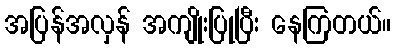
အပြန်အလှန် အကျိုးပြုပြီး နေကြတယ်။